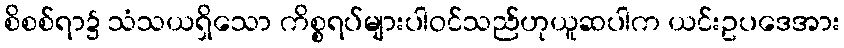
စိစစ်ရာ၌ သံသယရှိသော ကိစ္စရပ်များပါဝင်သည်ဟုယူဆပါက ယင်းဥပဒေအား